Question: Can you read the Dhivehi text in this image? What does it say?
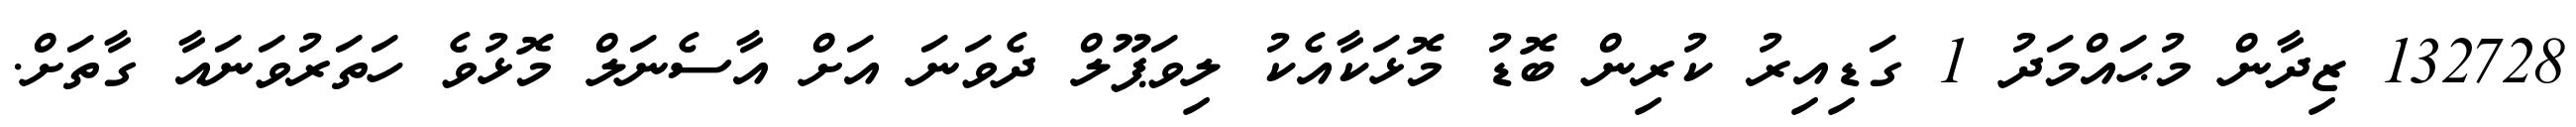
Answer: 132728 ޒިދާން މުޙައްމަދު 1 ގަޑިއިރު ކުރިން ބޮޑު މޮޅަކާއެކު ލިވަޕޫލް ދެވަނަ އަށް އާސެނަލް މޮޅުވެ ހަތަރުވަނައާ ގާތަށް.